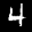
Label: 4